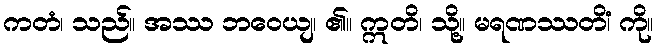
ကတံ၊ သည်။ အဿ ဘဝေယျ၊ ၏။ ဣတိ၊ သို့။ မရဏဿတိံ၊ ကို။